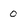
Character: 0